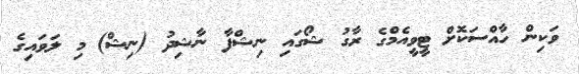
ވަކިން ހާއްސަކޮށް ޓީވީއެމްގެ ރާގު ޝޯގައި ނިޝްފާ ނާޝިދު (ނިޝް) މި ލަވައިގެ